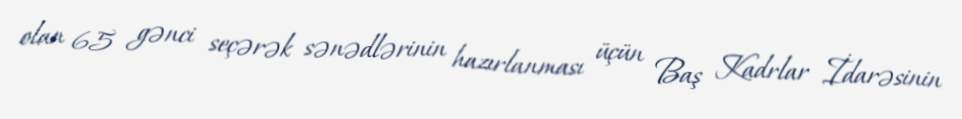
olan 65 gənci seçərək sənədlərinin hazırlanması üçün Baş Kadrlar İdarəsinin